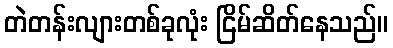
တဲတန်းလျားတစ်ခုလုံး ငြိမ်ဆိတ်နေသည်။